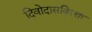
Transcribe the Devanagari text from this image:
दिवोदासविरक्त